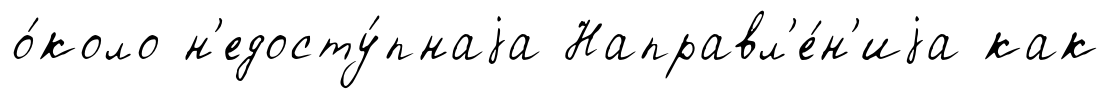
о́коло н'едосту́пнаjа Направл'е́н'иjа как